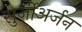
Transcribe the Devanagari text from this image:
सुर्जीअर्जन